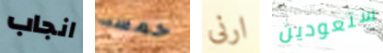
انجاب خمسه ارنى ستعودين